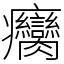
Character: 癵